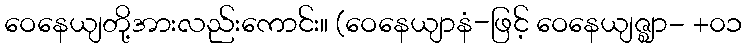
ဝေနေယျတို့အားလည်းကောင်း။ (ဝေနေယျာနံ-ဖြင့် ဝေနေယျဇ္ဈာ- +၀၁